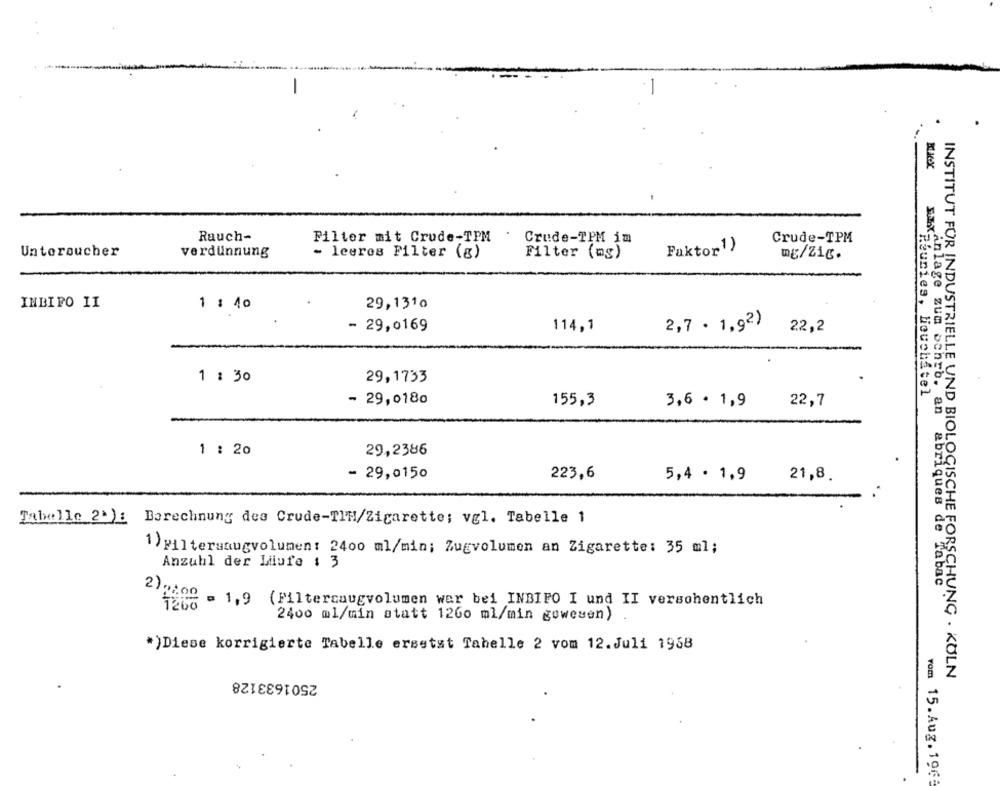
Rauch-
Filter mit Crude-TPM
Crude-TPM im
Crude-TPM
Faktor1)
Untersucher
verdünnung
- leeres Filter (g)
Filter (mg)
mg/Zig.
INBIPO II
1 : 10
29,1310
- 29,0169
114,1
2,7 · 1,92)
22,2
1 : 30
29,1733
- 29,0180
155,3
22,7
MAX Pluries, Houchatel
3,6 · 1,9
1 : 20
29,2386
- 29,0150
223,6
5,4 · 1,9
21,8.
Tabelle 2'): Berechnung des Crude-TIM/Zigarette; vgl. Tabelle 1
1) Filteruaugvolumen: 2400 ml/min; Zugvolumen an Zigarette: 35 ml;
Anzahl der Liufo 1 3
Anlage zum schro. an abriques de Tabac".
2)9:00 .
1286 = 1,9 (Filtercaugvolumen wer bei INBIFO I und II versohentlich
2400 ml/min statt 1260 ml/min gowesen)
*)Diese korrigierte Tabelle ersetst Tahelle 2 vom 12.Juli 1968
2501633128
INSTITUT FÜR INDUSTRIELLE UND BIOLOGISCHE FORSCHUNG . KÖLN
rom 15.Aug. 1965